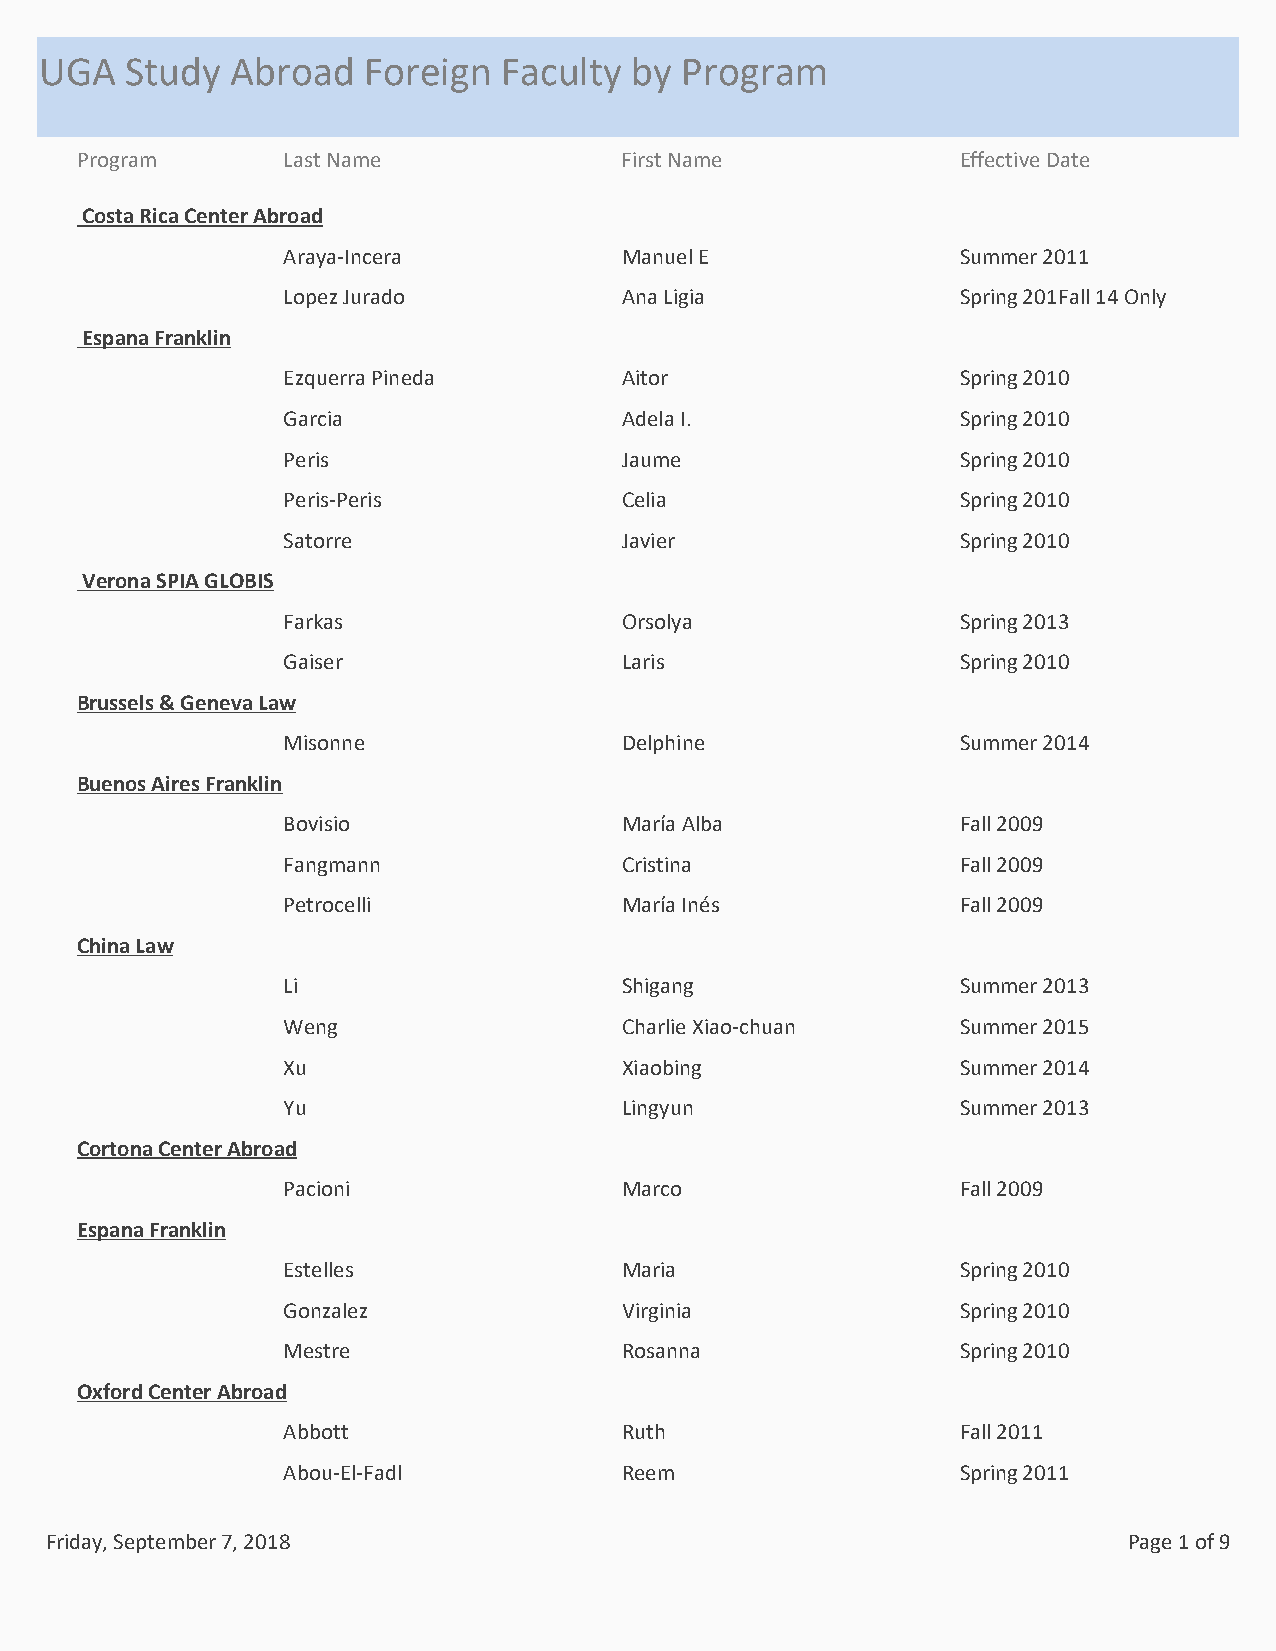
UGA  Study  Abroad   Foreign  Faculty  by Program
 Program       Last Name             First Name            Effective Date
 Costa Rica Center Abroad
 Araya-Incera          Manuel E              Summer 2011
 Lopez Jurado          Ana Ligia             Spring 201Fall 14 Only
 Espana Franklin
 Ezquerra Pineda       Aitor                 Spring 2010
 Garcia                Adela I.              Spring 2010
 Peris                 Jaume                 Spring 2010
 Peris-Peris           Celia                 Spring 2010
 Satorre               Javier                Spring 2010
 Verona SPIA GLOBIS
 Farkas                Orsolya               Spring 2013
 Gaiser                Laris                 Spring 2010
 Brussels & Geneva Law
 Misonne               Delphine              Summer 2014
 Buenos Aires Franklin
 Bovisio               María Alba            Fall 2009
 Fangmann              Cristina              Fall 2009
 Petrocelli            María Inés            Fall 2009
 China Law
 Li                    Shigang               Summer 2013
 Weng                  Charlie Xiao-chuan    Summer 2015
 Xu                    Xiaobing              Summer 2014
 Yu                    Lingyun               Summer 2013
 Cortona Center Abroad
 Pacioni               Marco                 Fall 2009
 Espana Franklin
 Estelles              Maria                 Spring 2010
 Gonzalez              Virginia              Spring 2010
 Mestre                Rosanna               Spring 2010
 Oxford Center Abroad
 Abbott                Ruth                  Fall 2011
 Abou-El-Fadl          Reem                  Spring 2011
 Friday, September 7, 2018                                               Page 1 of 9